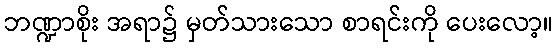
ဘဏ္ဍာစိုး အရာ၌ မှတ်သားသော စာရင်းကို ပေးလော့။